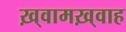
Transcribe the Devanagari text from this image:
ख़्वामख़्वाह